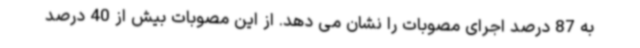
به 87 درصد اجرای مصوبات را نشان می دهد. از این مصوبات بیش از 40 درصد